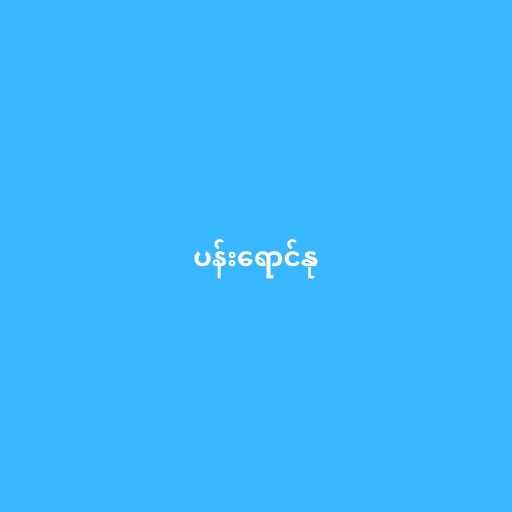
ပန်းရောင်နု